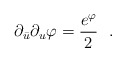
\begin{align*}\partial_{\bar u}\partial_u\varphi={e^{\varphi}\over 2}\ \ .\end{align*}